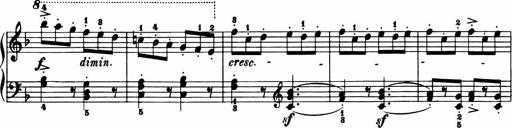
Title: 11 Sonatinas for Piano Solo
Composer: Anton Diabelli